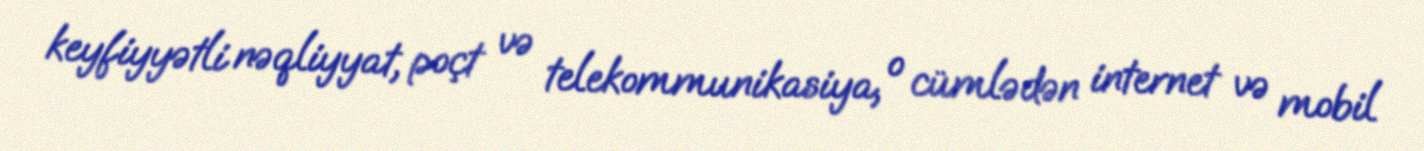
keyfiyyətli nəqliyyat, poçt və telekommunikasiya, o cümlədən internet və mobil